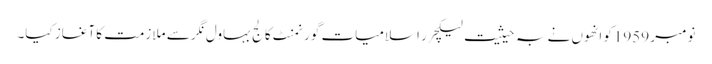
نومبر 1959کو انھوں نے بہ حیثیت لیکچرر اسلامیات گورنمنٹ کالج بہاول نگر سے ملازمت کا آغاز کیا۔